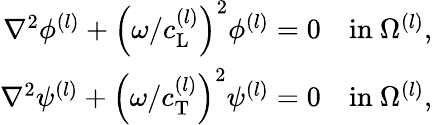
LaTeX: \begin{array}{r}{\nabla^{2}\phi^{(l)}+\left({\omega/c_{\mathrm{L}}^{(l)}}\right)^{2}\phi^{(l)}=0\quad\mathrm{in~}\Omega^{(l)},}\\ {\nabla^{2}\psi^{(l)}+\left({\omega/c_{\mathrm{T}}^{(l)}}\right)^{2}\psi^{(l)}=0\quad\mathrm{in~}\Omega^{(l)},}\end{array}